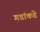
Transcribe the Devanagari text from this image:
गडांकडे